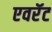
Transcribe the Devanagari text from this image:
एवरॅट